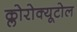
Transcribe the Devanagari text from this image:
क्लोरोक्यूटोल